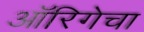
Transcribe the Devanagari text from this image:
ऑरिगेचा